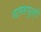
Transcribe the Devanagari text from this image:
नागरपुत्रों